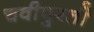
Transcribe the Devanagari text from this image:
चवीपुरती